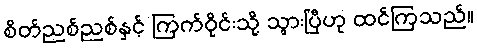
စိတ်ညစ်ညစ်နှင့် ကြက်ဝိုင်းသို့ သွားပြီဟု ထင်ကြသည်။